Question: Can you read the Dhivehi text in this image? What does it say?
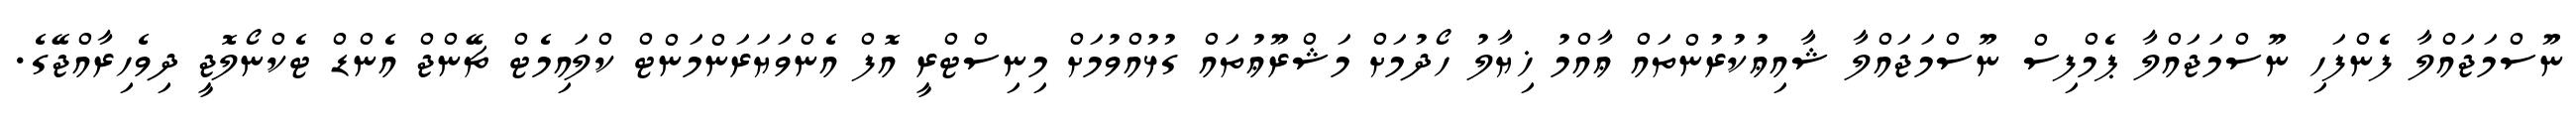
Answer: ނޫސްމަޖައްލާ ފެންފަހި ނޫސްމަޖައްލާ ޕެމްފިސް ނޫސްމަޖައްލާ ޝާއިޢުކުރުންތައް ޢާއްމު ޚިޔާލު ހޯދުމަށް މަޝްރޫޢުތައް ގުޅުއްވުމަށް މިނިސްޓްރީ އޮފް އެންވަޔަރަންމަންޓް ކްލައިމެޓް ޗޭންޖް އެންޑް ޓެކްނޯލޮޖީ ދިވެހިރާއްޖޭގެ.